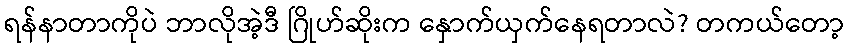
ရန်နာတာကိုပဲ ဘာလိုအဲ့ဒီ ဂြိုဟ်ဆိုးက နှောက်ယှက်နေရတာလဲ? တကယ်တော့